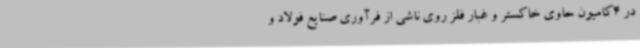
در 4کامیون حاوی خاکستر و غبار فلز روی ناشی از فرآوری صنایع فولاد و